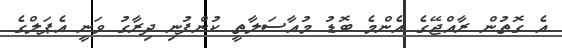
އެ ގޮތުން ރާއްޖޭގެ އެންމެ ބޮޑު މުއާސަލާތީ ކުންފުނި ދިރާގު ވަނީ އެޕަލްގެ